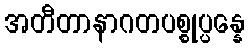
အတီတာနာဂတပစ္စုပ္ပန္နေ